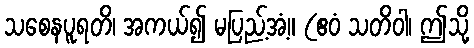
သစေနပူရတိ၊ အကယ်၍ မပြည့်အံ့။ (ဧဝံ သတိဝါ၊ ဤသို့